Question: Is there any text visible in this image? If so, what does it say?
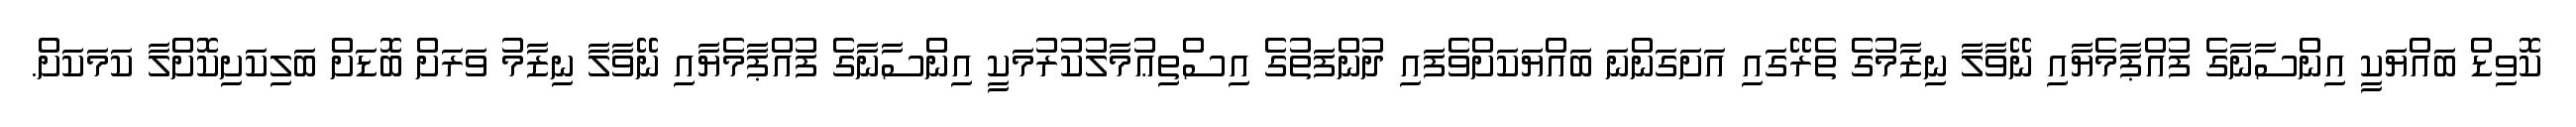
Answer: ކޮވިޑް ބައްޔަކީ އިންސާނާގެ ފުއްޕާމެޔާއި ނޭވާލާ ނިޒާމުގެ ތެރޭގައި އަށަގަންނަ ބައްޔަކަށްވެފައި ދުންފަތުގެ އިސްތިޢުމާލުކުރުމަކީ އިންސާނާގެ ފުއްޕާމެޔާއި ނޭވާލާ ނިޒާމު ވަރަށް ބޮޑަށް ބަލިކަށިކޮށްލާ ކަމަކަށް.